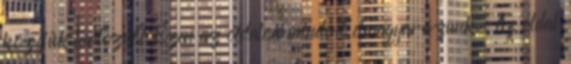
közéjük tartozni? Ezen az oldalon mindent elmagyarázunk. Az oldal